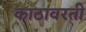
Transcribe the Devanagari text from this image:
काठावरती